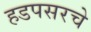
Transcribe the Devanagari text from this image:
हडपसरचे